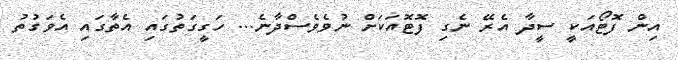
އިން ފޮޓޯއަކީ ސީދާ އެރޭ ނެގި ފޮޓޮއަކަށް ނުވެވެސްދާނެ... ހަގީގަތުގައި އެތާގައި އެވަގުތު